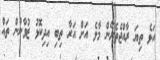
އަޅެ ތިޔަ ރާއްޖެތެރޭން މާލެ އަށް އަރާ ތިބި އިދިކޮޅު ޒުވާނުން ތައް